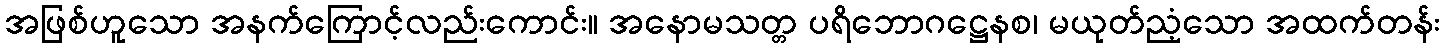
အဖြစ်ဟူသော အနက်ကြောင့်လည်းကောင်း။ အနောမသတ္တ ပရိဘောဂဋ္ဌေနစ၊ မယုတ်ညံ့သော အထက်တန်း